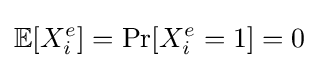
\mathbb {E} [X_{i}^{e}]=\Pr[X_{i}^{e}=1]=0